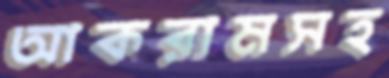
আকরামসহ